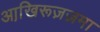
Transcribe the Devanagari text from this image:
आखि़रूज़ज़मा